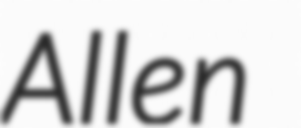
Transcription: Allen